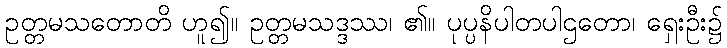
ဥတ္တမသတောတိ ဟူ၍။ ဥတ္တမသဒ္ဒဿ၊ ၏။ ပုပ္ပနိပါတပါဌတော၊ ရှေးဦး၌